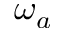
\omega _ { a }